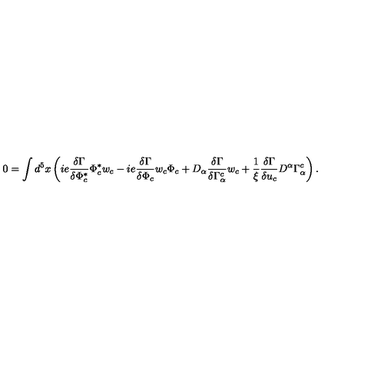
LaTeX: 0 = \int d ^ { 5 } x \left( i e \frac { \delta \Gamma } { \delta \Phi _ { c } ^ { * } } \Phi _ { c } ^ { * } w _ { c } - i e \frac { \delta \Gamma } { \delta \Phi _ { c } } w _ { c } \Phi _ { c } + D _ { \alpha } \frac { \delta \Gamma } { \delta \Gamma _ { \alpha } ^ { c } } w _ { c } + \frac { 1 } { \xi } \frac { \delta \Gamma } { \delta u _ { c } } D ^ { \alpha } \Gamma _ { \alpha } ^ { c } \right) .